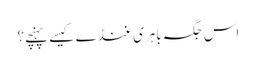
اس جگہ باہری غنڈے کیسے پہنچے؟